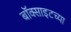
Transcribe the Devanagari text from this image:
बॉक्साइटच्या